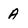
Character: A